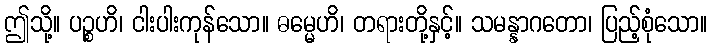
ဤသို့။ ပဉ္စဟိ၊ ငါးပါးကုန်သော။ ဓမ္မေဟိ၊ တရားတို့နှင့်။ သမန္နာဂတော၊ ပြည့်စုံသော။